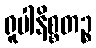
ရူပါနိစ္စတဉ္စ